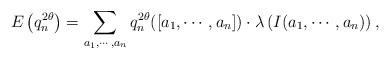
LaTeX: \begin{align*}E\left(q_n^{2\theta}\right) = \sum_{a_1,\cdots,a_n} q_n^{2\theta}([a_1,\cdots,a_n])\cdot \lambda\left(I(a_1,\cdots,a_n)\right),\end{align*}